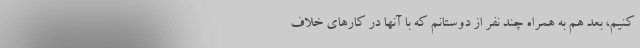
‌کنیم، بعد هم به همراه چند نفر از دوستانم که با آنها در کارهای خلاف